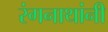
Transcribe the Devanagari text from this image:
रंगनाथांनी